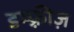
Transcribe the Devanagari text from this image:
डम्फ़्रीज़